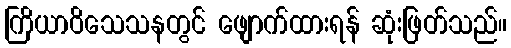
ကြိယာဝိသေသနတွင် ဖျောက်ထားရန် ဆုံးဖြတ်သည်။